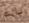
بالم